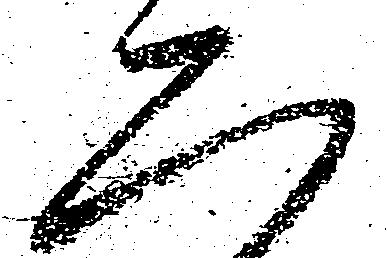
二